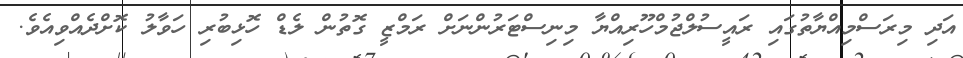
އަދި މިރަސްމިއްޔާތުގައި ރައީސުލްޖުމްހޫރިއްޔާ މިނިސްޓަރުންނަށް ރަމްޒީ ގޮތުން ލެޑް ހޮޅިބުރި ހަވާލު ކޮށްދެއްވިއެވެ.